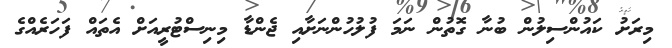
މިރަށު ކައުންސިލުން ބުނާ ގޮތުން ނަމަ ފުލުހުންނަށާއި ޖެންޑާ މިނިސްޓުރީއަށް އެތައް ފަހަރެއްގެ